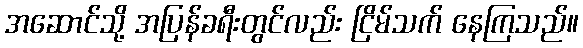
အဆောင်သို့ အပြန်ခရီးတွင်လည်း ငြိမ်သက် နေကြသည်။